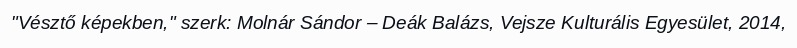
"Vésztő képekben," szerk: Molnár Sándor – Deák Balázs, Vejsze Kulturális Egyesület, 2014,